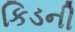
કિડની